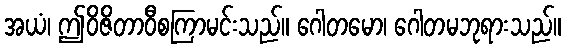
အယံ၊ ဤဝိဇိတာဝီစကြာမင်းသည်။ ဂေါတမော၊ ဂေါတမဘုရားသည်။